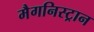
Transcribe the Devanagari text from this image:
मैगनिस्ट्रान